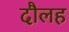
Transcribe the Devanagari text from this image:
दौलह